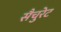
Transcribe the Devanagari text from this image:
सैचुरेट